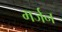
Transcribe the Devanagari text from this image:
मर्जन